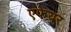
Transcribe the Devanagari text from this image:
एफेयर